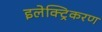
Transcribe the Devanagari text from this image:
इलेक्ट्रिकरण